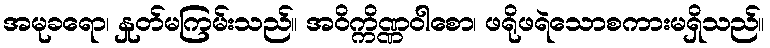
အမုခရော၊ နှုတ်မကြမ်းသည်။ အဝိက္ကိဏ္ဏဝါစော၊ ဖရိုဖရဲသောစကားမရှိသည်။